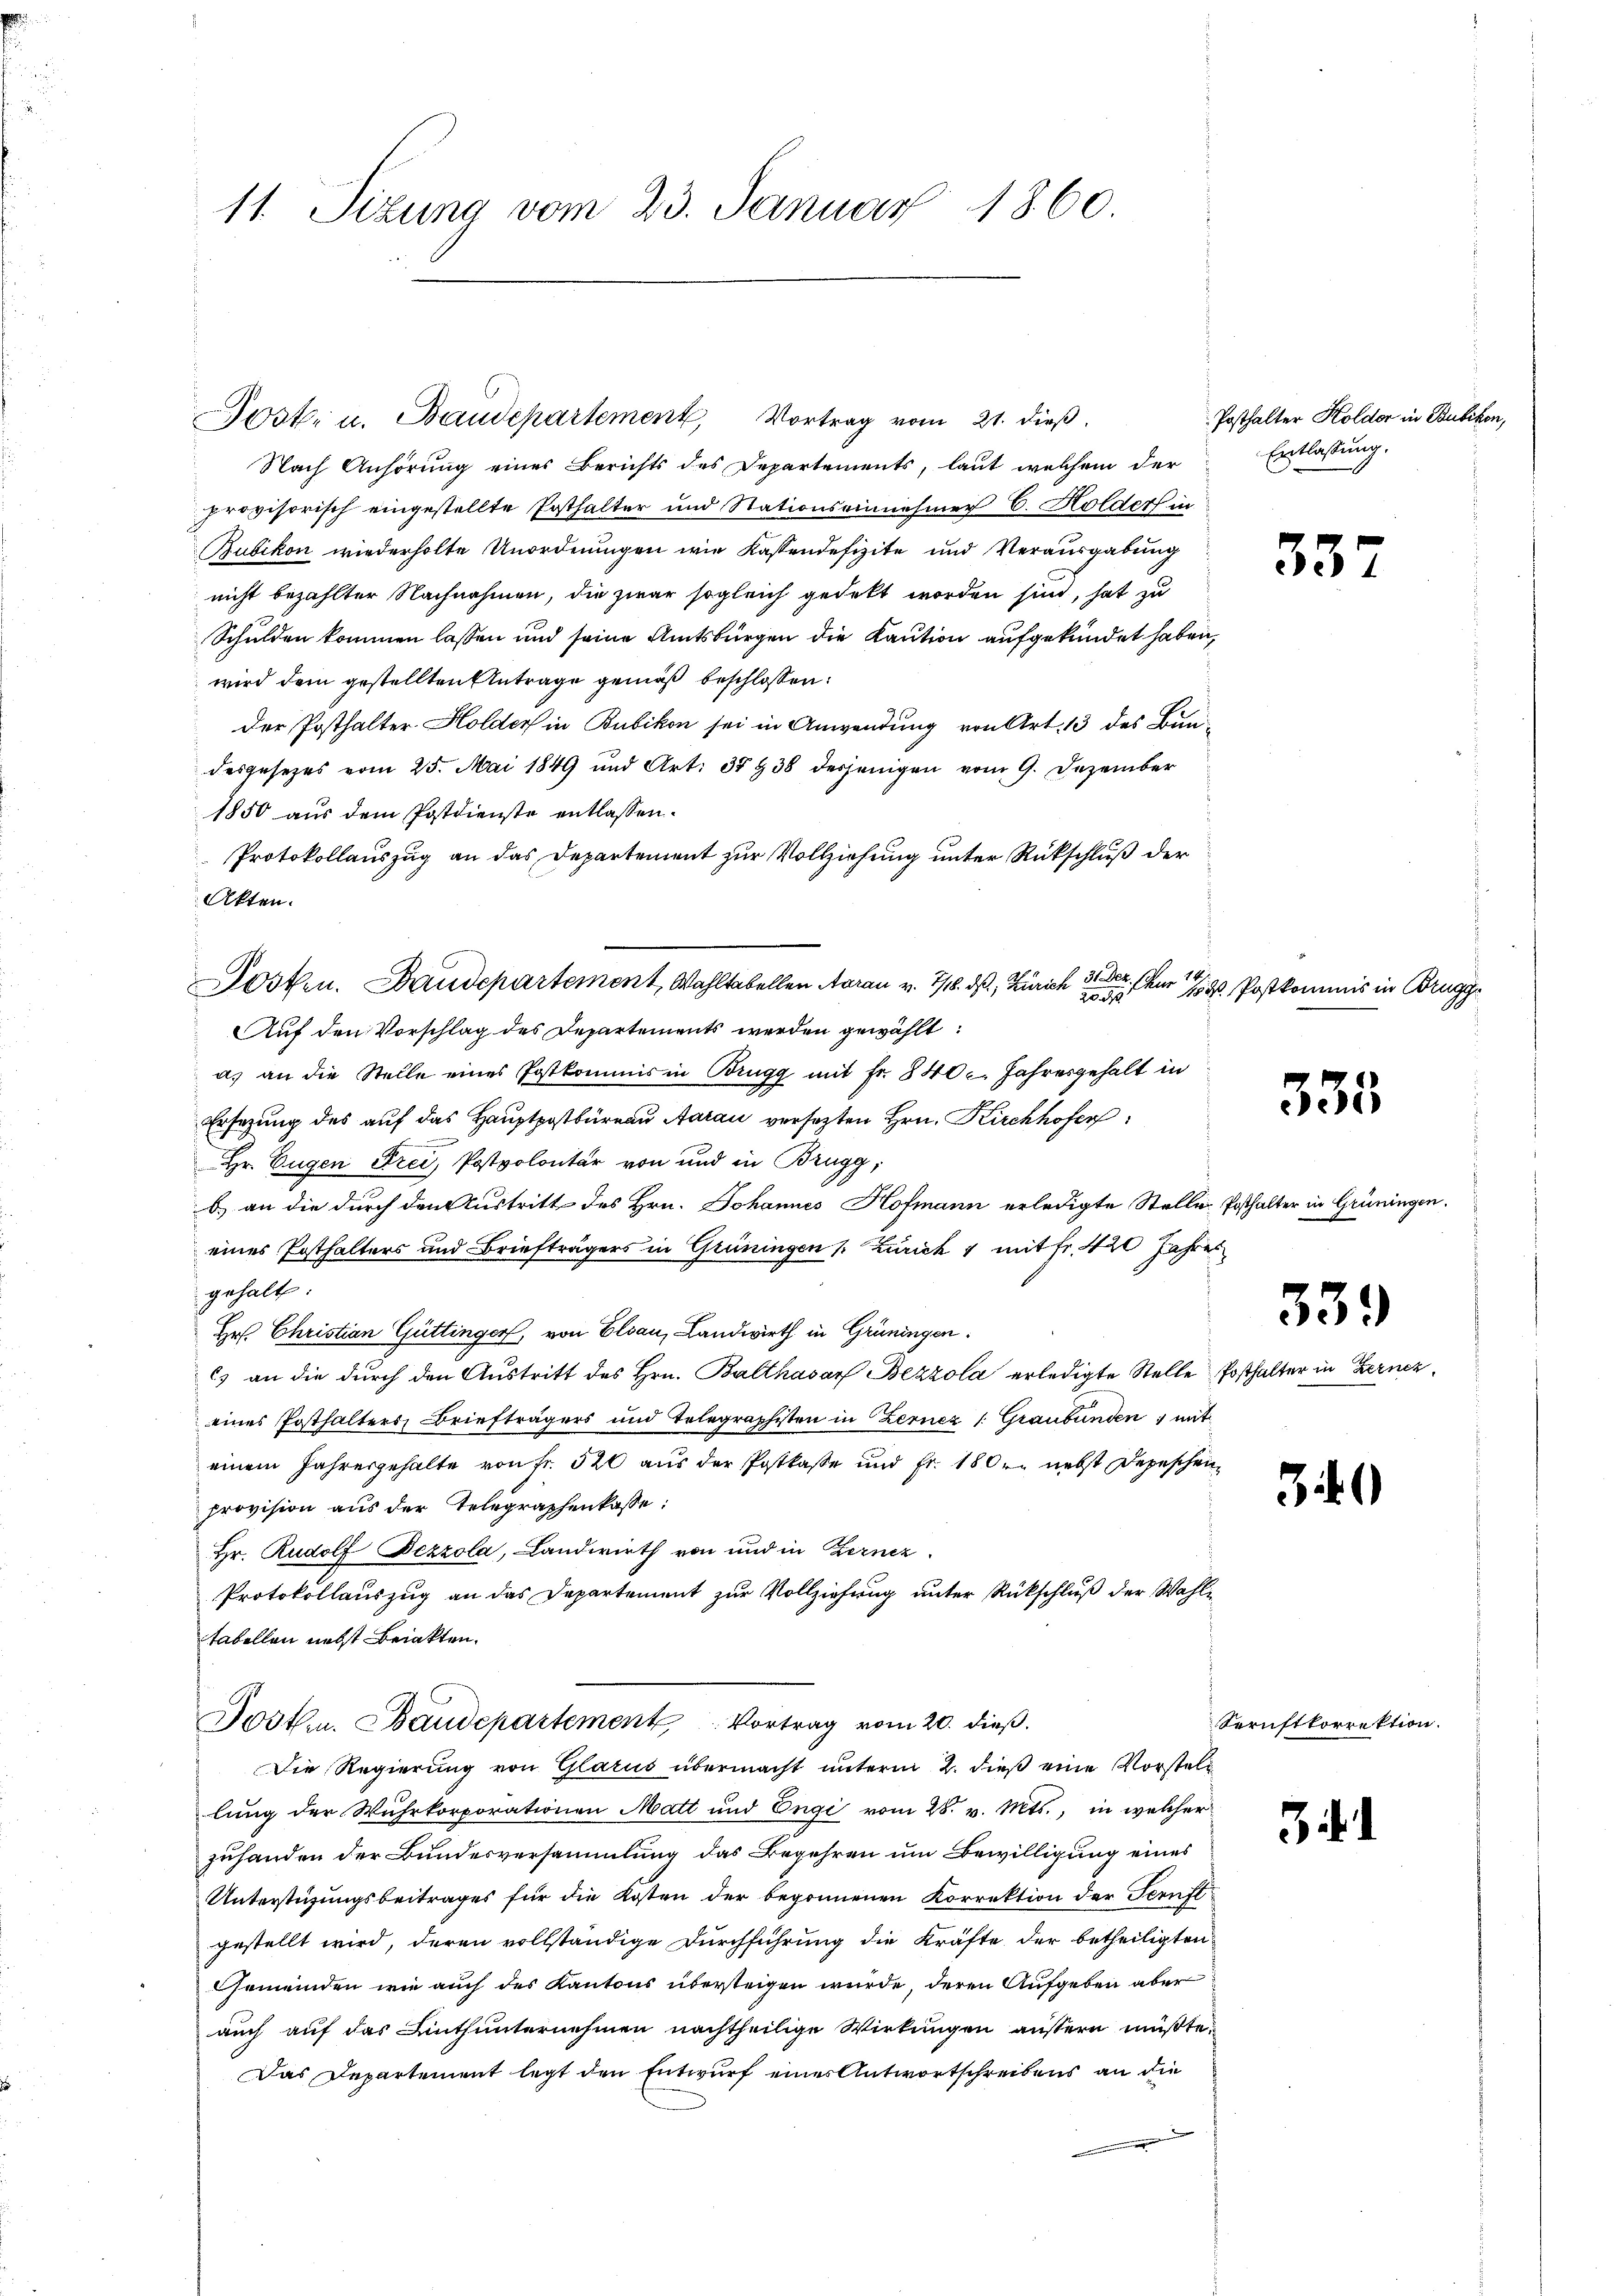
11. Sizung vom 23. Januar 1860.

Nach Anhörung eines Berichts des Departements, laut welchem der
provisorisch eingestellte Ersthalter und Stationseinnehmer C. Holder in
Bubikon wiederholte Unordnungen wie Kassendefizite und Verausgabung
nicht bezahlter Nachnahmen, die zwar sogleich gedekt worden sind, hat zu
Schulden kommen lassen und seine Amtsbürgen die Kaution aufgekündet haben,
wird dem gestellten Antrage gemäß beschlossen:
der Posthalter Holder in Bubikon sei in Anwendung von Art. 13 des Bun-
desgesezes vom 25. Mai 1849 und Art. 35 & 38 desjenigen vom 9. Dezember
1850 aus dem Postdienste entlassen.
Protokollauszug an das Departement zur Vollziehung unter Rückschluß der
Akten.
Posten. Baudepartement, Wahltabellen Aarau v. 7/18. daß Zürich 3 Fr. für 1/4. Postkommis in Brugg
zu dass
uf den Vorschlag des Departements werden gewählt:
a) an die Stelle eines Postkommis in Brugg mit Fr. 840. Jahresgehalt in
Ersezung des auf das Hauptpostbüreau Aarau versezten Hrn. Kirchhofer
Hr. Eugen Frei, Postpolontär von und in Brugg,
b) an die durch den Austritt des Hrn. Johannes Hofmann erledigte Stelle Posthalter in Grüningen.
eines Posthalters und Briefträgers in Grüningen s. Zürich 1 mit fr. 420 Jahres
gehalt:
Hr. Christian Güttinger, von Elsau, Landwirth in Grüningen
) an die durch den Austritt des Hrn. Balthasar Bezzola erledigte Stelle Posthalter in Kernez
eines Posthalters Briefträgers und Telegraphisten in Zernez 1: Graubünden; mit
einem Jahresgehalte von Fr. 520 aus der Postkasse und Fr. 180 r. nebst Depeschen
provision aus der Telegraphenkasse:
Hr. Rudolf Bezzola, Landwirth von und in Bernez.
Protokollauszug an das Departement zur Vollziehung unter Rückschluß der Wahle
tabellen nebst Briakten.
Dosten. Baudepartement, Vortrag vom 20. dieß.
Die Regierung von Glarus übermacht unterm 2. dieß eine Vorstellung der Wuhrkorporationen Matt und Engi vom 28. v. Mts., in welcher
zuhanden der Bundesversammlung das Begehren um Bewilligung eines
Unterstüzungsbeitrages für die Kosten der begonnenen Korrektion der Teruft
gestellt wird, deren vollständige Durchführung die Kräfte der betheiligten
Gemeinden wie auch des Kantons übersteigen wurde, deren Aufgeben aber
auch auf das Linthunternehmen nachtheilige Wirkungen äussern müßte.
Das Departement legt den Entwurf eines Antwortschreibens an die

Sostr u. Baudepartement, Vortrag vom 21. dieß

Posthalter Holder in Bubikon,
Entlassung.

35

335

339

30

Sernftkorrektion.

3